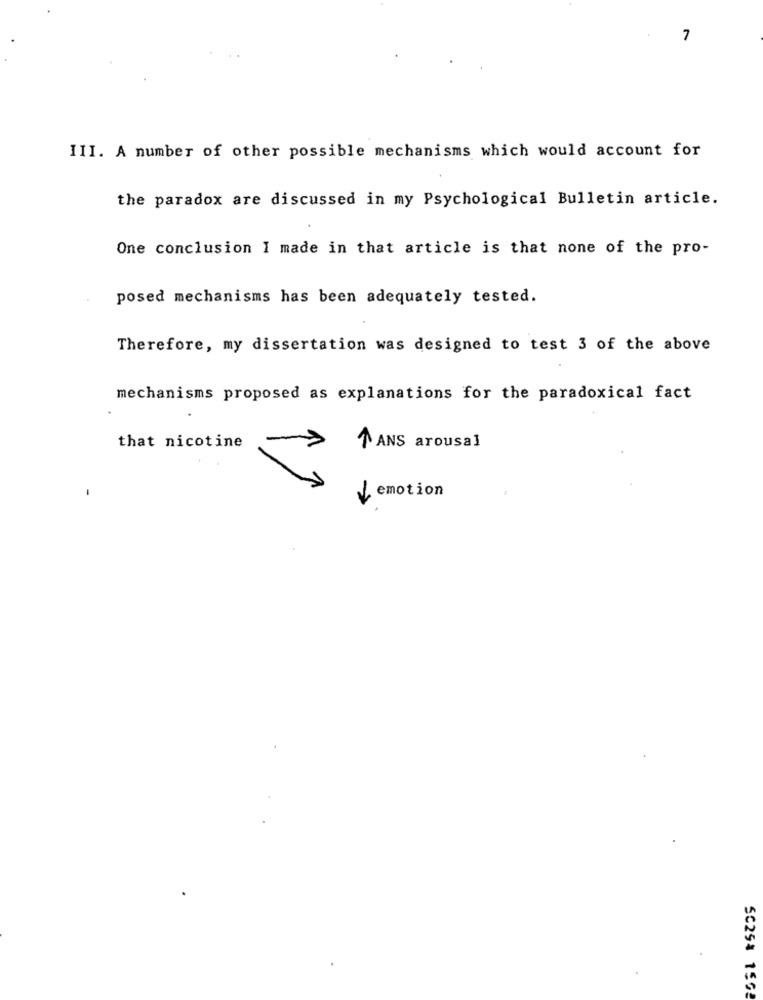
7
III. A number of other possible mechanisms which would account for
the paradox are discussed in my Psychological Bulletin article.
One conclusion I made in that article is that none of the pro-
posed mechanisms has been adequately tested.
Therefore, my dissertation was designed to test 3 of the above
mechanisms proposed as explanations for the paradoxical fact
that nicotine
TANS arousal
emotion
SC25% 1562